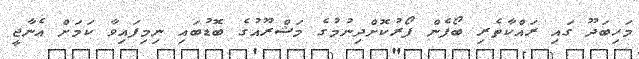
މަހިބަދޫ ގައި ރައްކާތެރި ބޯފެން ފޯރުކޮށްދިނުމުގެ މަޝްރޫއުގެ ބޮޑުބައި ނިމިފައިވާ ކަމަށް އެނާޖީ